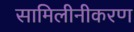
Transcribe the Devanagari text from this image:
सामिलीनीकरण